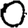
Digit: 0